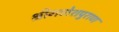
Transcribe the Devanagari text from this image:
श्रीगणेशपुराण